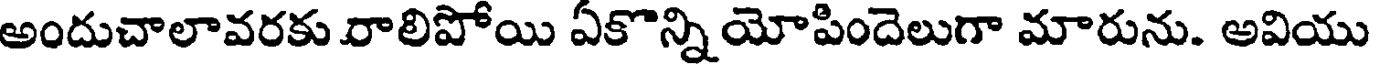
అందుచాలావరకు రాలిపోయి ఏకొన్నియోపిందెలుగా మారును. అవియు